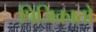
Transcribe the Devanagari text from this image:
पिजिकातो